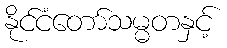
နိုင်ငံတော်သမ္မတနှင့်